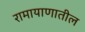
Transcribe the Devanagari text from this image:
रामायाणातील